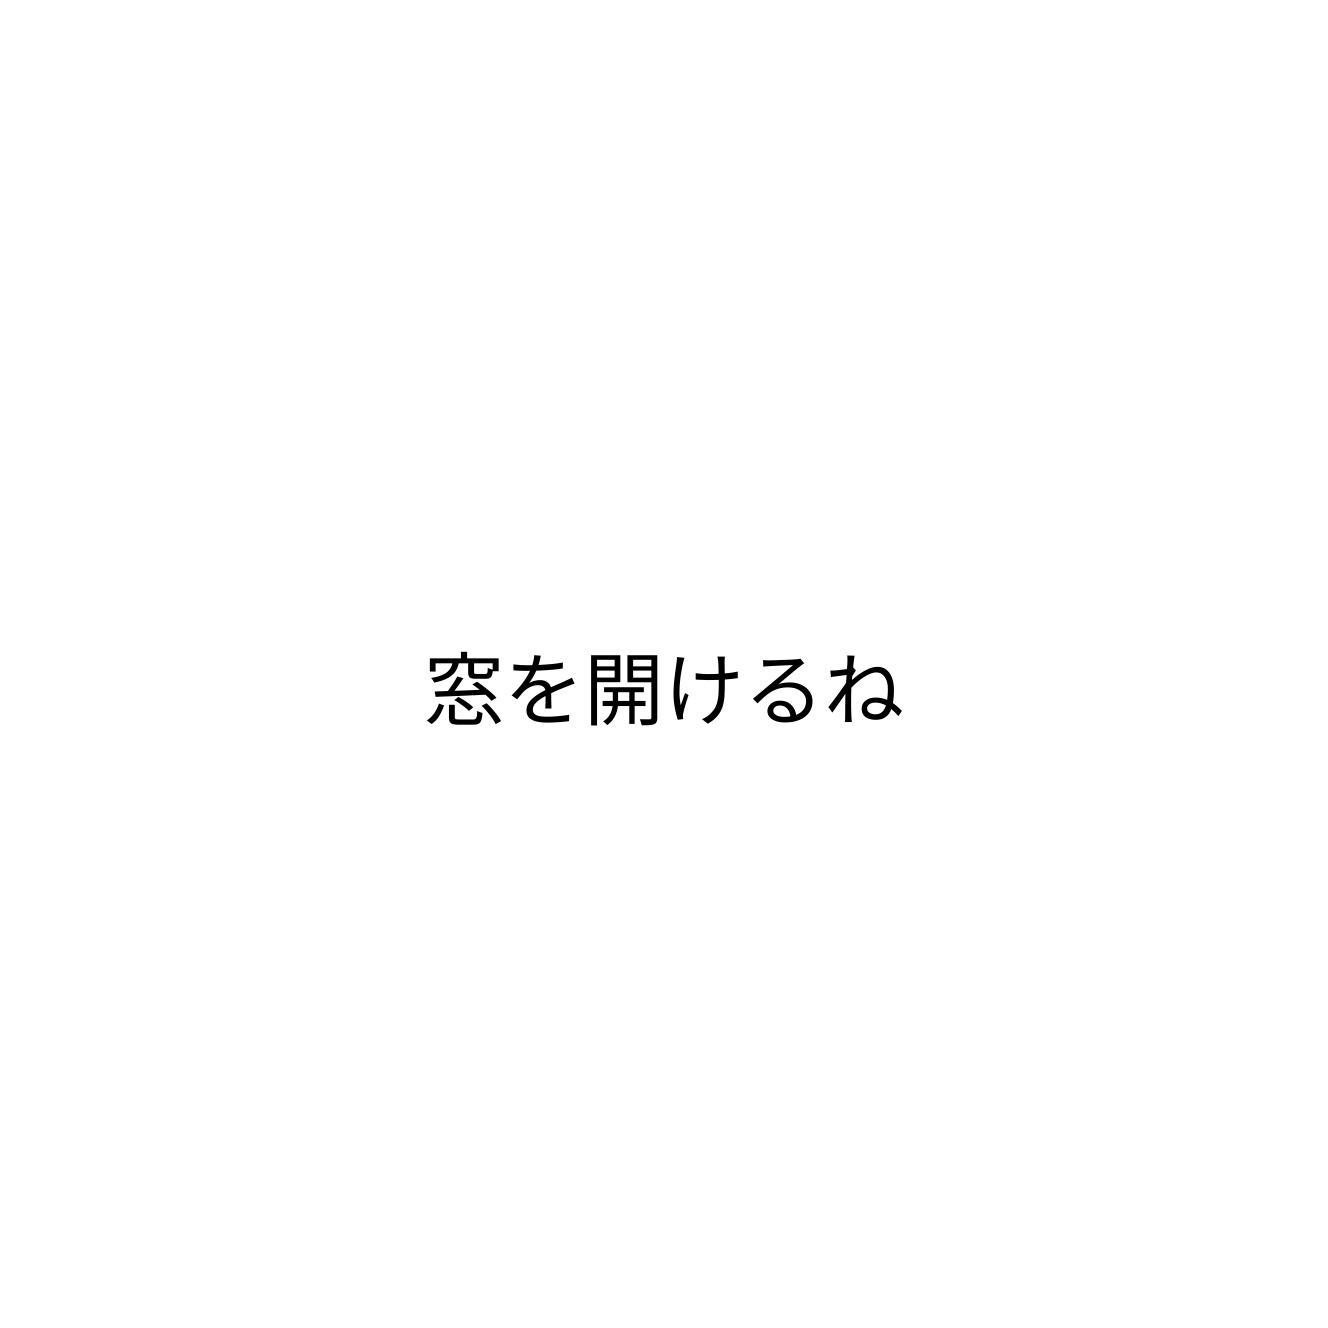
窓を開けるね